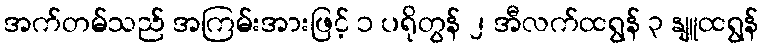
အက်တမ်သည် အကြမ်းအားဖြင့် ၁ ပရိုတွန် ၂ အီလက်ထရွန် ၃ နျူထရွန်